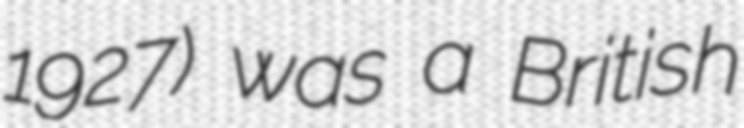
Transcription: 1927) was a British